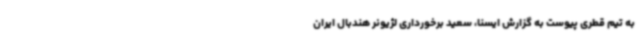
به تیم قطری پیوست به گزارش ایسنا، سعید برخورداری لژیونر هندبال ایران